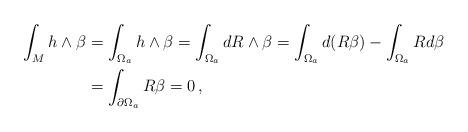
LaTeX: \begin{align*}\int_M h\wedge \beta &=\int_{\Omega_a}h\wedge \beta=\int_{\Omega_a} dR\wedge\beta=\int_{\Omega_a}d(R\beta)-\int_{\Omega_a} Rd\beta\\ &=\int_{\partial \Omega_a}R\beta=0\,,\end{align*}